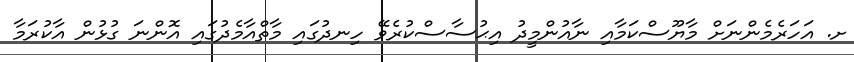
ށ. އަހަރެމެންނަށް މާޔޫސްކަމާއި ނާއުންމީދު އިޙުސާސްކުރެވޭ ހިނދުގައި މާތްއާމެދުގައި އޮންނަ ގުޅުން އާކުރަމާ